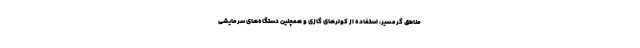
مناطق گرمسیر، استفاده از کولرهای گازی و همچنین دستگاه‌های سرمایشی